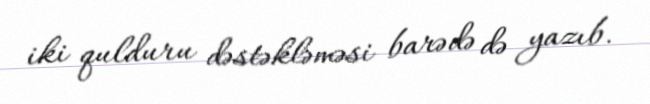
iki qulduru dəstəkləməsi barədə də yazıb.